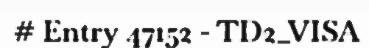
# Entry 47152 - TD2_VISA